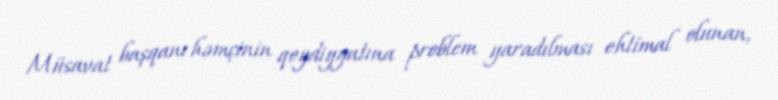
Müsavat başqanı həmçinin qeydiyyatına problem yaradılması ehtimal olunan,